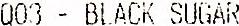
Q03 - BLACK SUGAR